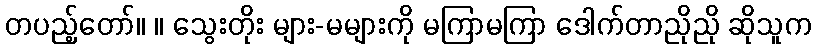
တပည့်တော်။ ။ သွေးတိုး များ-မများကို မကြာမကြာ ဒေါက်တာညိုညို ဆိုသူက